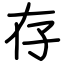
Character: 存